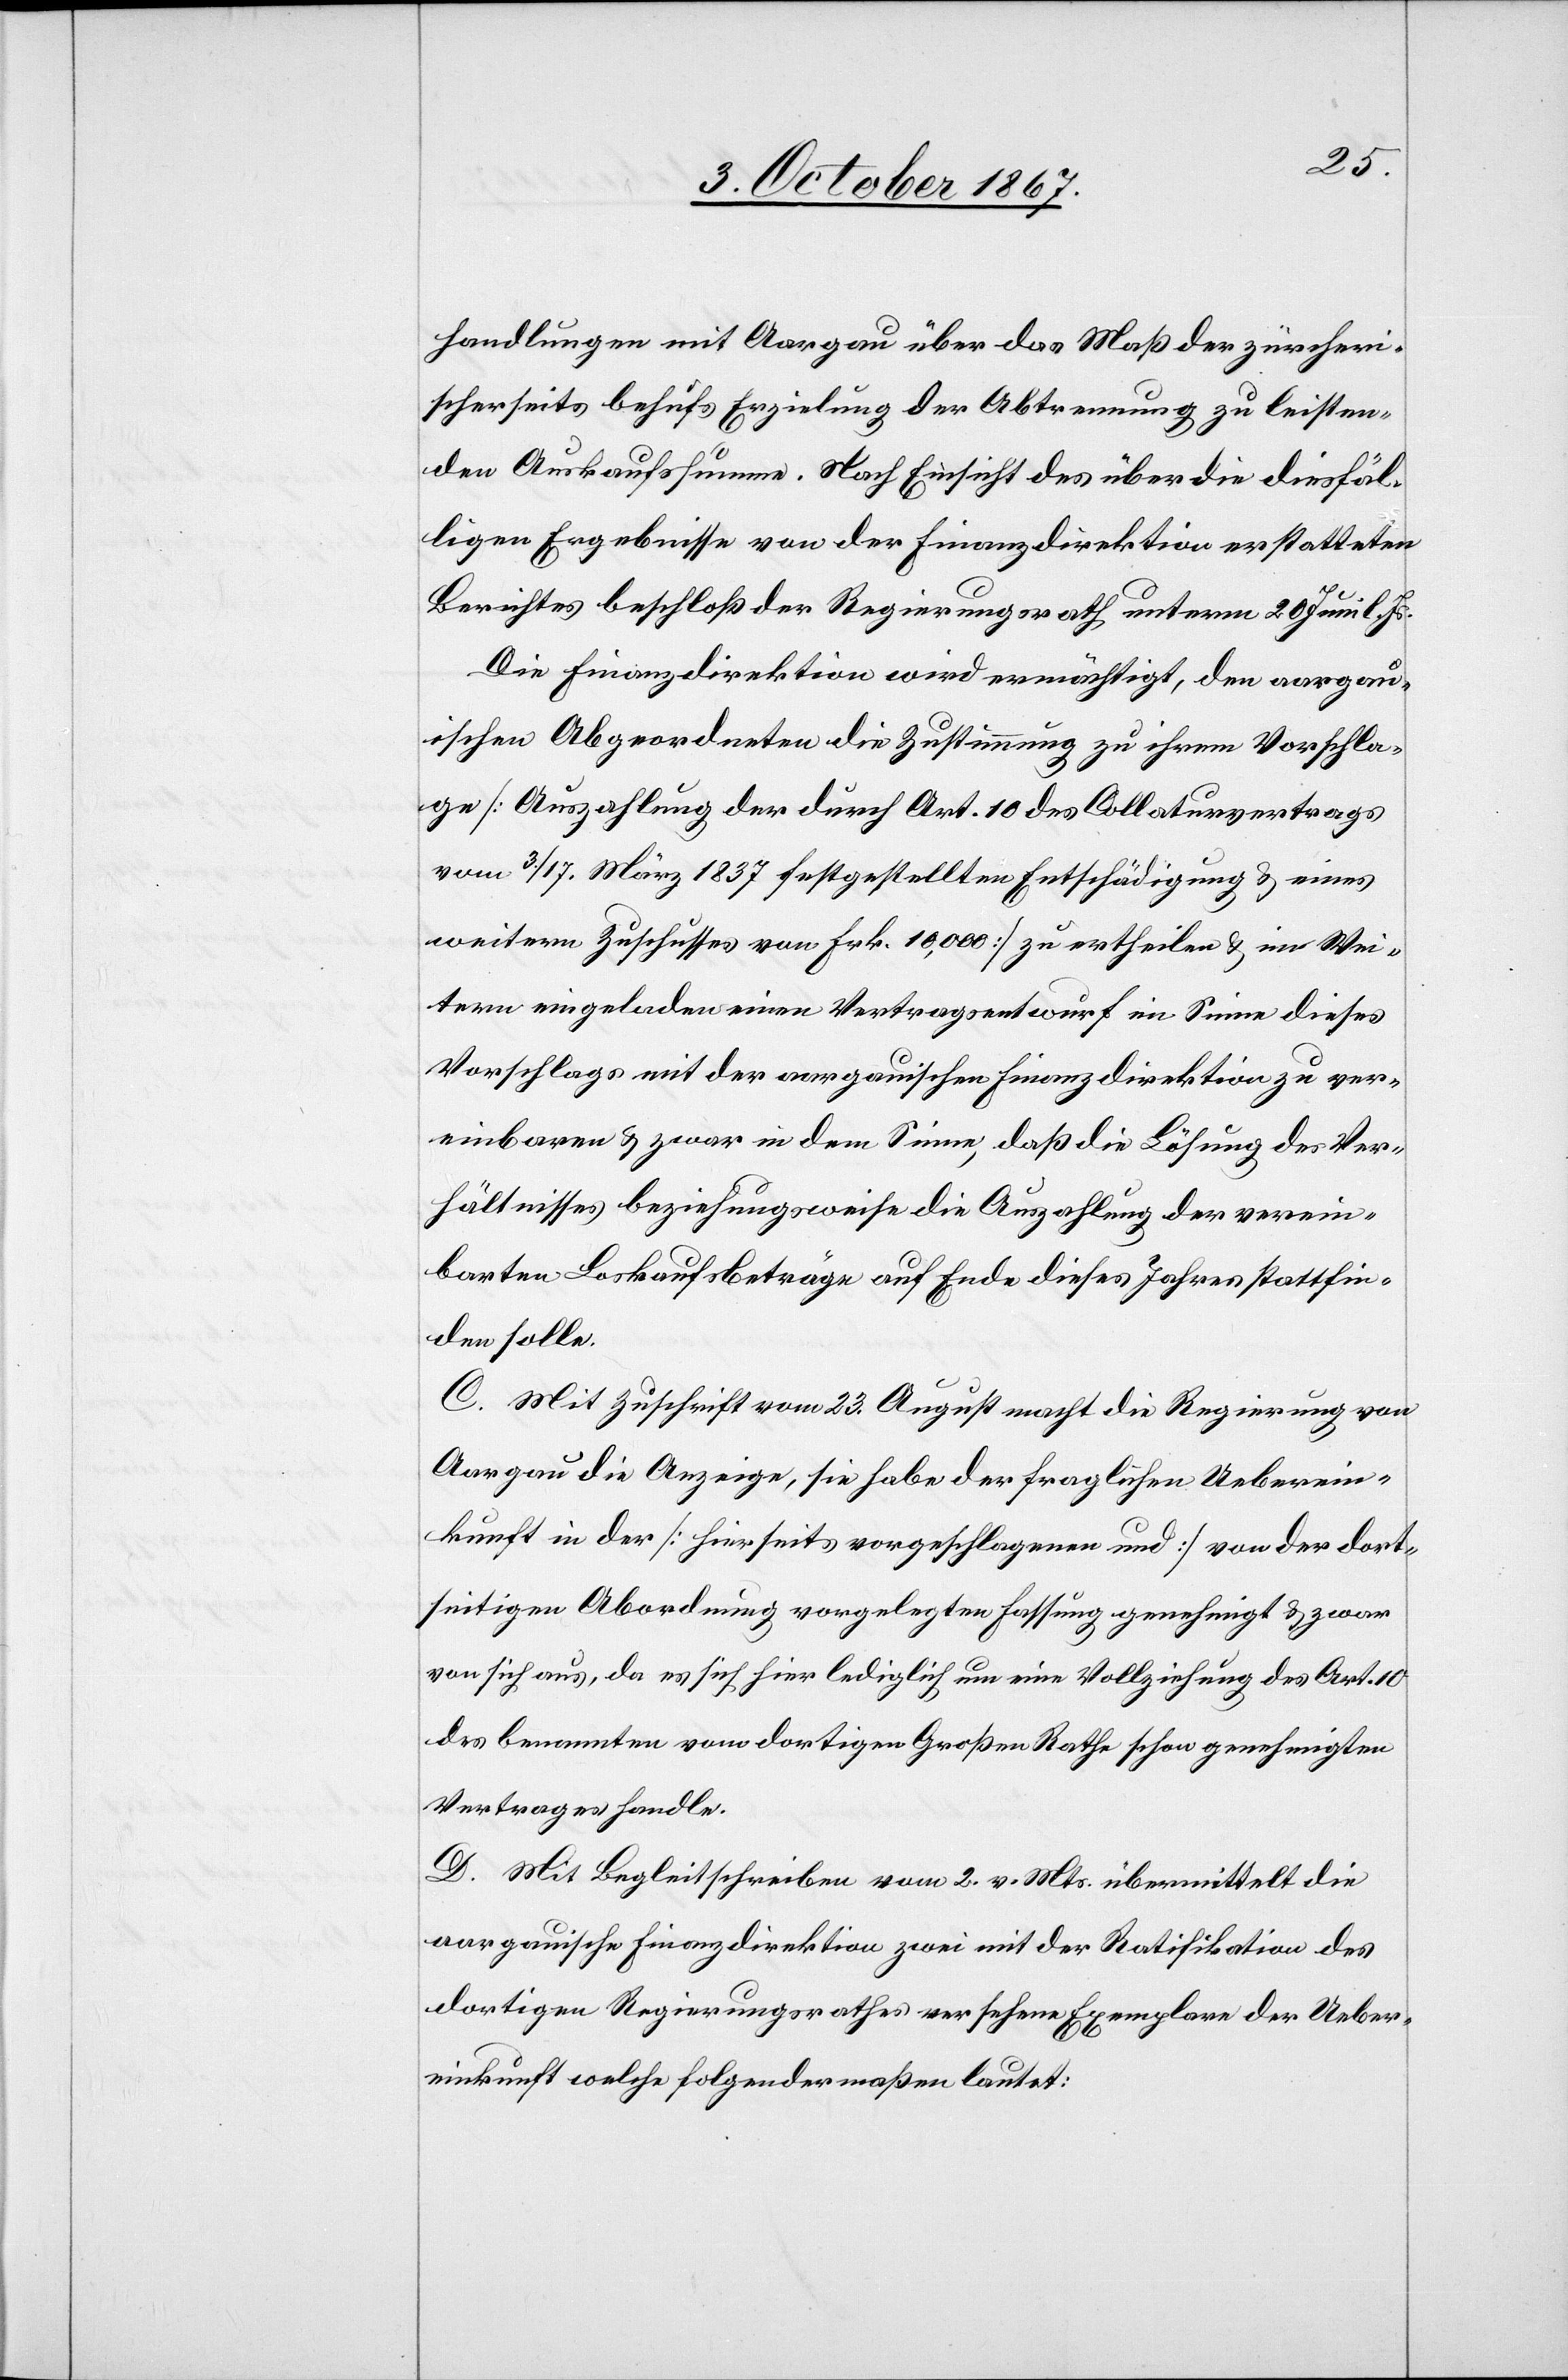
handlungen mit Aargau über das Maß der zürcheri¬
scherseits behufs Erzielung der Abtrennung zu leisten¬
den Auskaufssumme. Nach Einsicht des über die diesfäl¬
ligen Ergebnisse von der Finanzdirektion erstatteten
Berichtes beschloß der Regierungsrath unterm 29. Juni l. Js.:
Die Finanzdirektion wird ermächtigt, den aargau¬
ischen Abgeordneten die Zustimmung zu ihrem Vorschla¬
ge [Auszahlung der durch Art. 10 des Collaturvertrages
vom 3./17. März 1837 festgestellten Entschädigung u. eines
weitern Zuschusses von Frk. 10 000] zu ertheilen u. im Wei¬
tern eingeladen einen Vertragsentwurf im Sinne dieses
Vorschlages mit der aargauischen Finanzdirektion zu ver¬
einbaren u. zwar in dem Sinne, daß die Lösung des Ver¬
hältnisses beziehungsweise die Auszahlung der verein¬
barten Loskaufsbeträge auf Ende dieses Jahres stattfin¬
den solle.
C. Mit Zuschrift vom 23. August macht die Regierung von
Aargau die Anzeige, sie habe der fraglichen Ueberein¬
kunft in der [hierseits vorgeschlagenen und] von der dort¬
seitigen Abordnung vorgelegten Fassung genehmigt u. zwar
von sich aus, da es sich hier lediglich um eine Vollziehung des Art. 10
des benannten vom dortigen Großen Rathe schon genehmigten
Vertrages handle.
D. Mit Begleitschreiben vom 2. v. Mts. übermittelt die
aargauische Finanzdirektion zwei mit der Ratifikation des
dortigen Regierungsrathes versehene Exemplare der Ueber¬
einkunft welche folgendermaßen lautet: